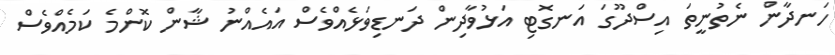
ހަނދާން ނެތުނީތަ އިސްދޫގަ އަނގޮޓި އަޅުވާދިން ދަނޑިވަޅެއްވެސް އައެއްނު ޝާން ކޮންމެ ކަމެއްވެސް